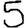
Digit: 5